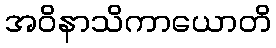
အဝိနာသိကာယောတိ